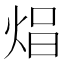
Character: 𤈵